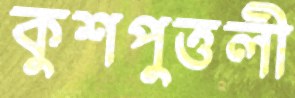
কুশপুত্তলী